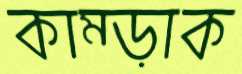
কাম্‌ড়াক